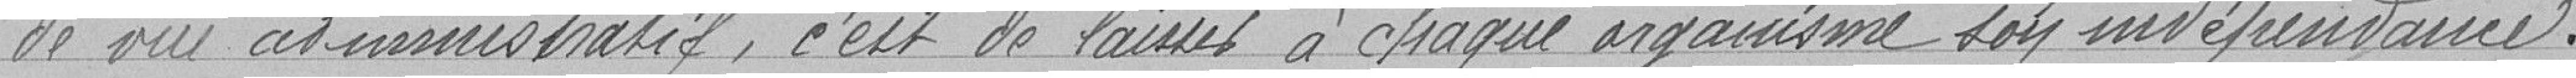
de vue administratif, c'est de laisser à chaque organisme son indépendance.